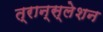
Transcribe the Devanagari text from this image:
त्रान्स्लेशन